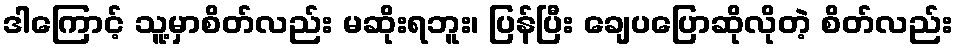
ဒါကြောင့် သူ့မှာစိတ်လည်း မဆိုးရဘူး၊ ပြန်ပြီး ချေပပြောဆိုလိုတဲ့ စိတ်လည်း